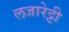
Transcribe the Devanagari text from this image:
लजारेट्टी